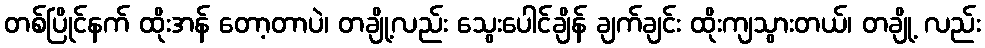
တစ်ပြိုင်နက် ထိုးအန် တော့တာပဲ၊ တချို့လည်း သွေးပေါင်ချိန် ချက်ချင်း ထိုးကျသွားတယ်၊ တချို့ လည်း